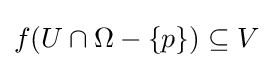
f(U\cap \Omega -\{p\})\subseteq V